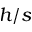
h / s